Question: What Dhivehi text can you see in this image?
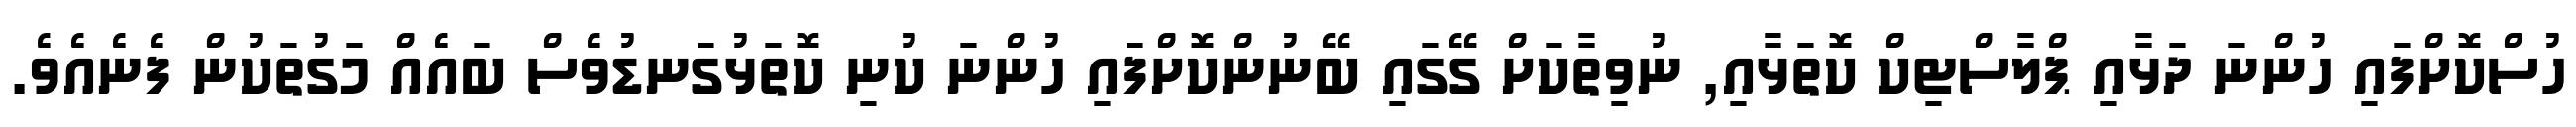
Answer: ހުސްކޮށްފައި ހުންނަ ދަޅާއި ޕްލާސްޓިކް ކޮތަޅާއި, ނުވިތާކަށް ގޭގައި ބޭނުންކޮށްފައި ހުންނަ ކުނި ކޮތަޅުގަނޑުވެސް ބައެއް މަގުތަކުން ފެނެއެވެ.